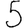
Digit: 5